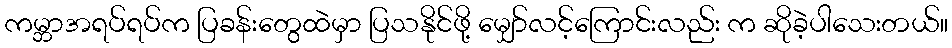
ကမ္ဘာအရပ်ရပ်က ပြခန်းတွေထဲမှာ ပြသနိုင်ဖို့ မျှော်လင့်ကြောင်းလည်း က ဆိုခဲ့ပါသေးတယ်။